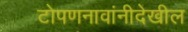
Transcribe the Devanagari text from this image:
टोपणनावांनीदेखील